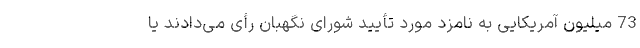
73 میلیون آمریکایی به نامزد مورد تأیید شورای نگهبان رأی می‌دادند یا